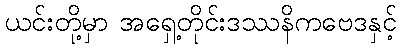
ယင်းတို့မှာ အရှေ့တိုင်းဒဿနိကဗေဒနှင့်